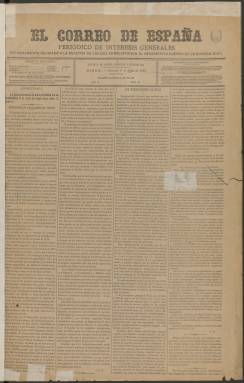
Título: El Correo de España (Madrid)
Colección: Periódicos
Ámbito geográfico: Madrid
Lugar de publicación: Madrid
Fechas: 06/06/1883-30/12/1884